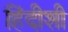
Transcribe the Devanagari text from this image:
हिंदीशी